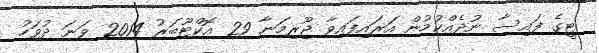
ޓީގެ ފައިސާ ނުދެއްކުމުން އަރައިފައިވާ ޖޫރިމަނާ 29 އޮކްޓޫބަރު 2014 ވަނަ ދުވަހު